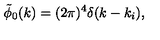
\tilde { \phi } _ { 0 } ( k ) = ( 2 \pi ) ^ { 4 } \delta ( k - k _ { i } ) ,